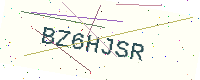
Text: BZ6HJSR